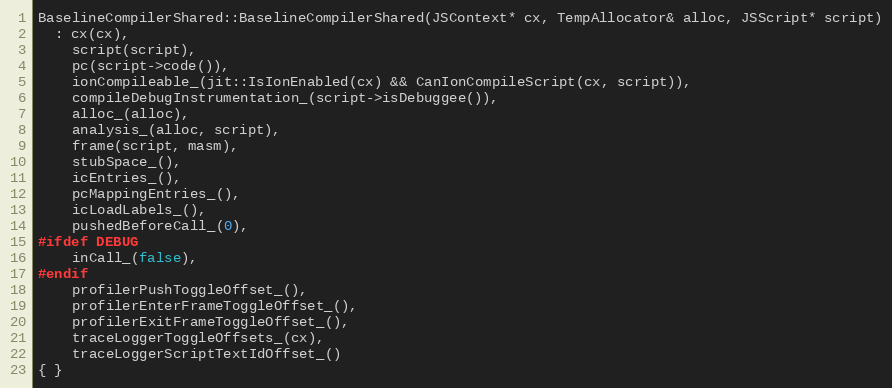
Language: C++
BaselineCompilerShared::BaselineCompilerShared(JSContext* cx, TempAllocator& alloc, JSScript* script)
  : cx(cx),
    script(script),
    pc(script->code()),
    ionCompileable_(jit::IsIonEnabled(cx) && CanIonCompileScript(cx, script)),
    compileDebugInstrumentation_(script->isDebuggee()),
    alloc_(alloc),
    analysis_(alloc, script),
    frame(script, masm),
    stubSpace_(),
    icEntries_(),
    pcMappingEntries_(),
    icLoadLabels_(),
    pushedBeforeCall_(0),
#ifdef DEBUG
    inCall_(false),
#endif
    profilerPushToggleOffset_(),
    profilerEnterFrameToggleOffset_(),
    profilerExitFrameToggleOffset_(),
    traceLoggerToggleOffsets_(cx),
    traceLoggerScriptTextIdOffset_()
{ }